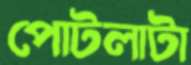
পোটলাটা